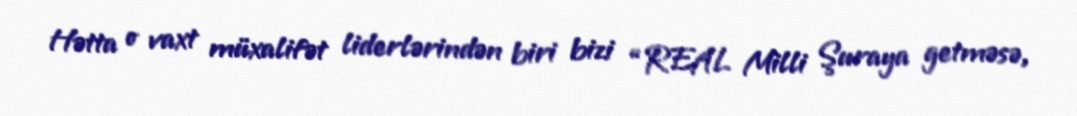
Hətta o vaxt müxalifət liderlərindən biri bizi “REAL Milli Şuraya getməsə,